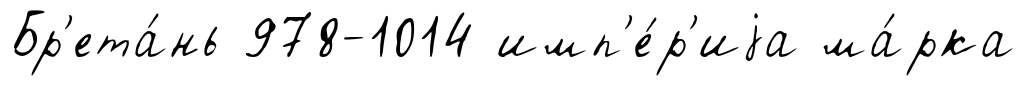
Бр'ета́нь 978-1014 имп'е́р'иjа ма́рка